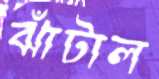
ঝাঁটাল